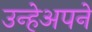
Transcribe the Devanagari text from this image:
उन्हेअपने